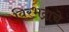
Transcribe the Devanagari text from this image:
विरभद्राचे